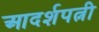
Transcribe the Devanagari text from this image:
आदर्शपत्नी